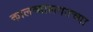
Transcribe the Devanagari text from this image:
कालव्यालगतच्या